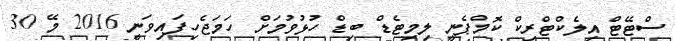
ސްޓޭޓް އިލެކްޓްރިކް ކޮމްޕެނީ ލިމިޓެޑް ބިޑް ހުޅުވުމަށް ހަމަޖެހިފައިވަނީ 2016 މޭ 30